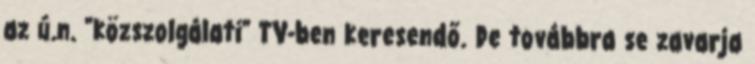
az ú.n. "közszolgálati" TV-ben keresendő. De továbbra se zavarja